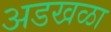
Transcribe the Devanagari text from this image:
अडखळा